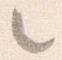
々